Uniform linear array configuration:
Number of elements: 8
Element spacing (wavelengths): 0.25
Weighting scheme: cosine
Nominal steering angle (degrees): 15
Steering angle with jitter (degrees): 15.469
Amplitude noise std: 0.05
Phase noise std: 0.05

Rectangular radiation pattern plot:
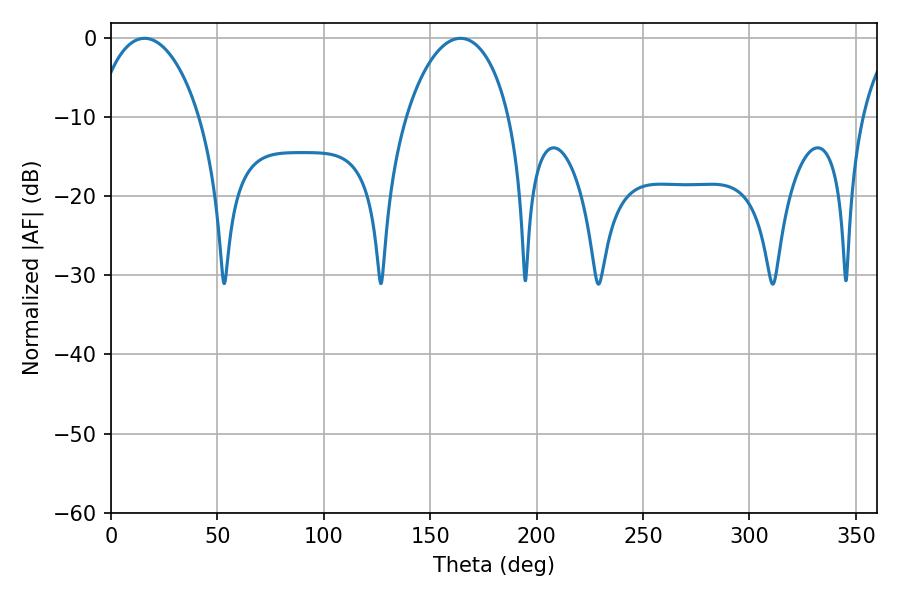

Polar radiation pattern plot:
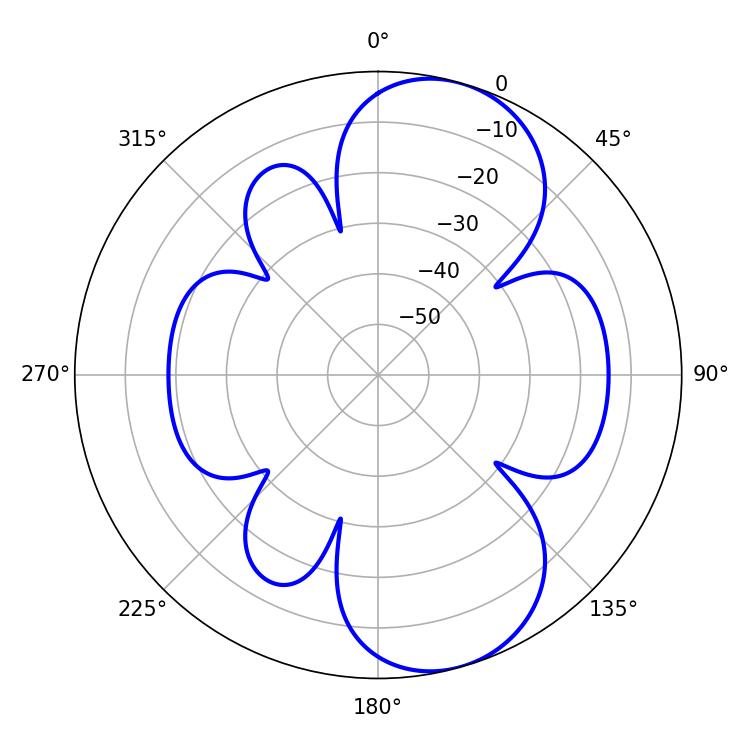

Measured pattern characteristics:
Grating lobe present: FALSE
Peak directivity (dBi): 8.407
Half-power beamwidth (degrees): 27.72
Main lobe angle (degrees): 164.16